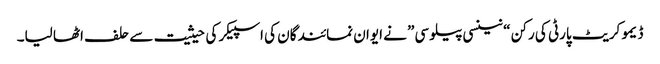
ڈیمو کریٹ پارٹی کی رکن “نینسی پیلوسی” نے ایوان نمائندگان کی اسپیکر کی حیثیت سے حلف اٹھا لیا۔